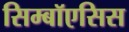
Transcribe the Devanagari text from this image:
सिम्बॉएसिस